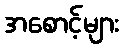
အစောင့်များ